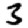
Digit: 3